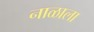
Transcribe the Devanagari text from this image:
नाळाला